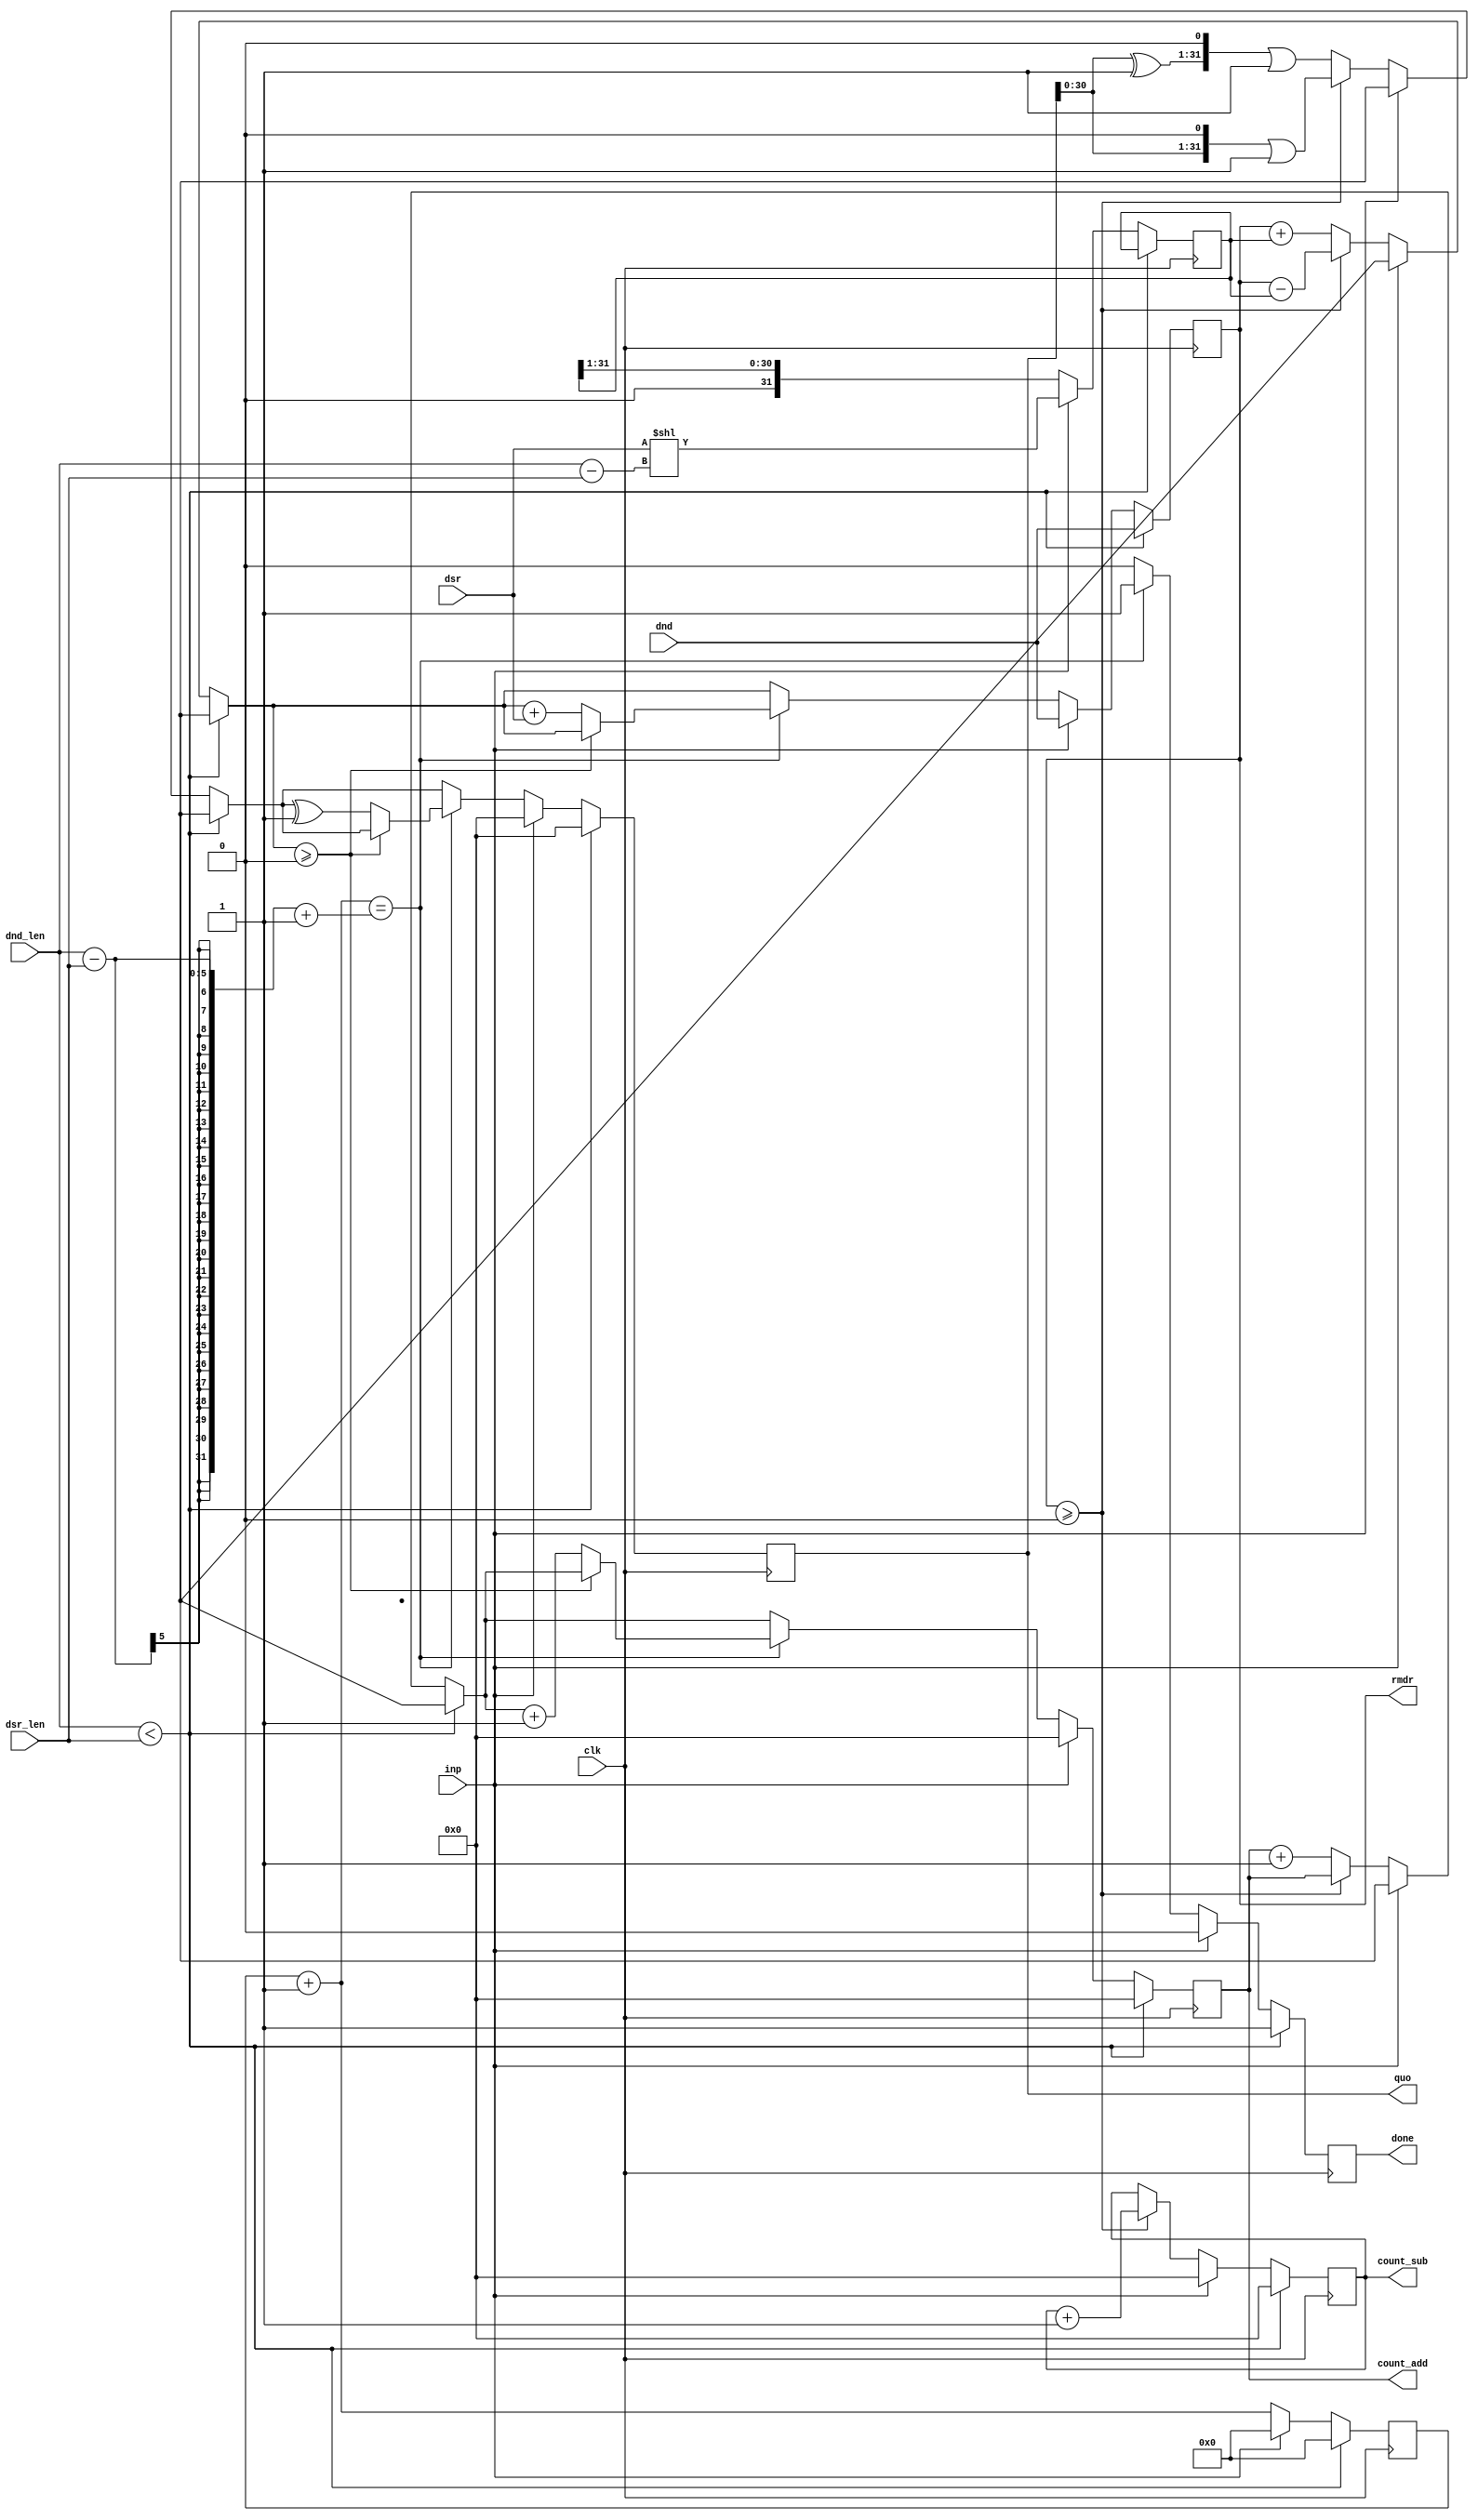
module divider(clk, inp, dnd, dsr, dnd_len, dsr_len, quo, rmdr, count_add, count_sub, done);

input clk;
input inp;
input [4:0] dnd_len; // dnd length
input [4:0] dsr_len; // sr length 
input [31:0] dnd;
input [31:0] dsr;

output done;
output [31:0] quo;
output [31:0] count_add;
output [31:0] count_sub;
output signed [31:0] rmdr;

reg done;
reg [4:0] itr;
reg [31:0] quo;
reg [31:0] dsr_new;
reg [31:0] count_add;
reg [31:0] count_sub; 
reg signed [31:0] rmdr;


initial begin
#1
done <= 1;
end

always @(posedge clk) begin

  if(dnd_len < dsr_len) begin      // IF bits of dnd is less than dsr 
      rmdr <= dnd;
      quo <= 0;
      itr <= 0;
      count_add <= 0;
      count_sub <= 0;
      done <= 1;
  end


  else begin

  if (inp==1) begin
    rmdr <= dnd;
    quo <= 0;
    itr <= 0;
    count_add <= 0;
    count_sub <= 0;
    dsr_new  <=  dsr << (dnd_len - dsr_len);
    done <= 0;
  end

  else begin

      if(rmdr >= 0) begin
          quo = (quo<<1)|1;
          rmdr = rmdr - dsr_new;
          count_sub = count_sub + 1;
      end

      else begin
          quo = quo ^ 1'b1;
          quo = (quo << 1) | 1;
          rmdr = rmdr + dsr_new;
          count_add = count_add + 1;
      end

      itr = itr + 1;
      dsr_new = dsr_new >> 1;

      if(itr == (dnd_len - dsr_len + 1) ) begin

        if(rmdr >= 0) done = 1;
      
        else begin
          done = 1;
          rmdr = rmdr + dsr;
          quo = quo ^ 1'b1;
          count_add = count_add + 1;
        end

      end

      else begin
          done <= 0;
      end  

    end
end

end


endmodule